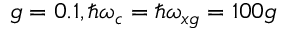
g = 0 . 1 , \hbar \omega _ { c } = \hbar \omega _ { x g } = 1 0 0 g